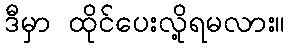
ဒီမှာ ထိုင်ပေးလို့ရမလား။